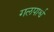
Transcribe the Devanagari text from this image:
गलपार्श्व